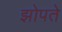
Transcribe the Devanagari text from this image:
झोपते